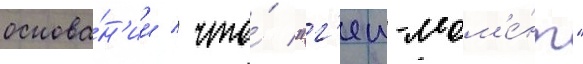
основа́н'ии / что́ "г'еи-мом'е́нт"